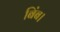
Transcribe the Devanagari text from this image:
बिंब।